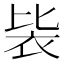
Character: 䘡